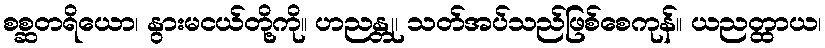
စစ္ဆတရိယော၊ နွားမငယ်တို့ကို။ ဟညန္တု၊ သတ်အပ်သည်ဖြစ်စေကုန်။ ယညတ္ထာယ၊